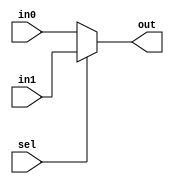
module mux(out,in0,in1,sel);
input [15:0] in0,in1;
input sel;
output [15:0] out;
assign out = sel? in1:in0;

endmodule